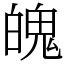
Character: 魄